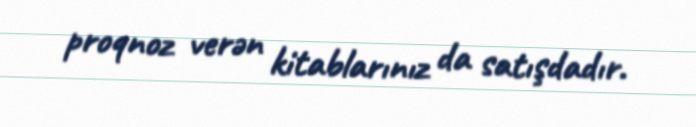
proqnoz verən kitablarınız da satışdadır.